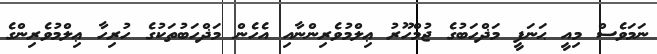
ނަމަވެސް މިއީ ޙަނަފީ މަޛްހަބުގެ ޖުމްހޫރު ޢިލްމުވެރިންނާއި އެހެން މަޛްހަބުތަކުގެ ހުރިހާ ޢިލްމުވެރިންގެ